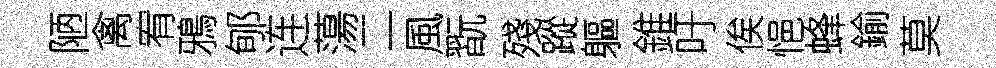
陋禽宥鴉郇连蕩二風翫殘蹤軀錐吁俟悒蜂鍮莫